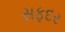
સફદર